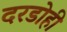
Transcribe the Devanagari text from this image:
दरडोही